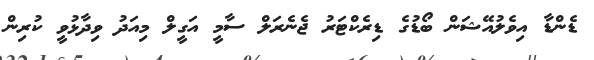
ޑެންޑާ އިވެލުއޭޝަން ބޯޑުގެ ޑިރެކްޓަރު ޖެނެރަލް ސާމީ އަގީލް މިއަދު ވިދާޅުވީ ކުރިން